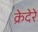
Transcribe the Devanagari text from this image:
क्रेदेरे